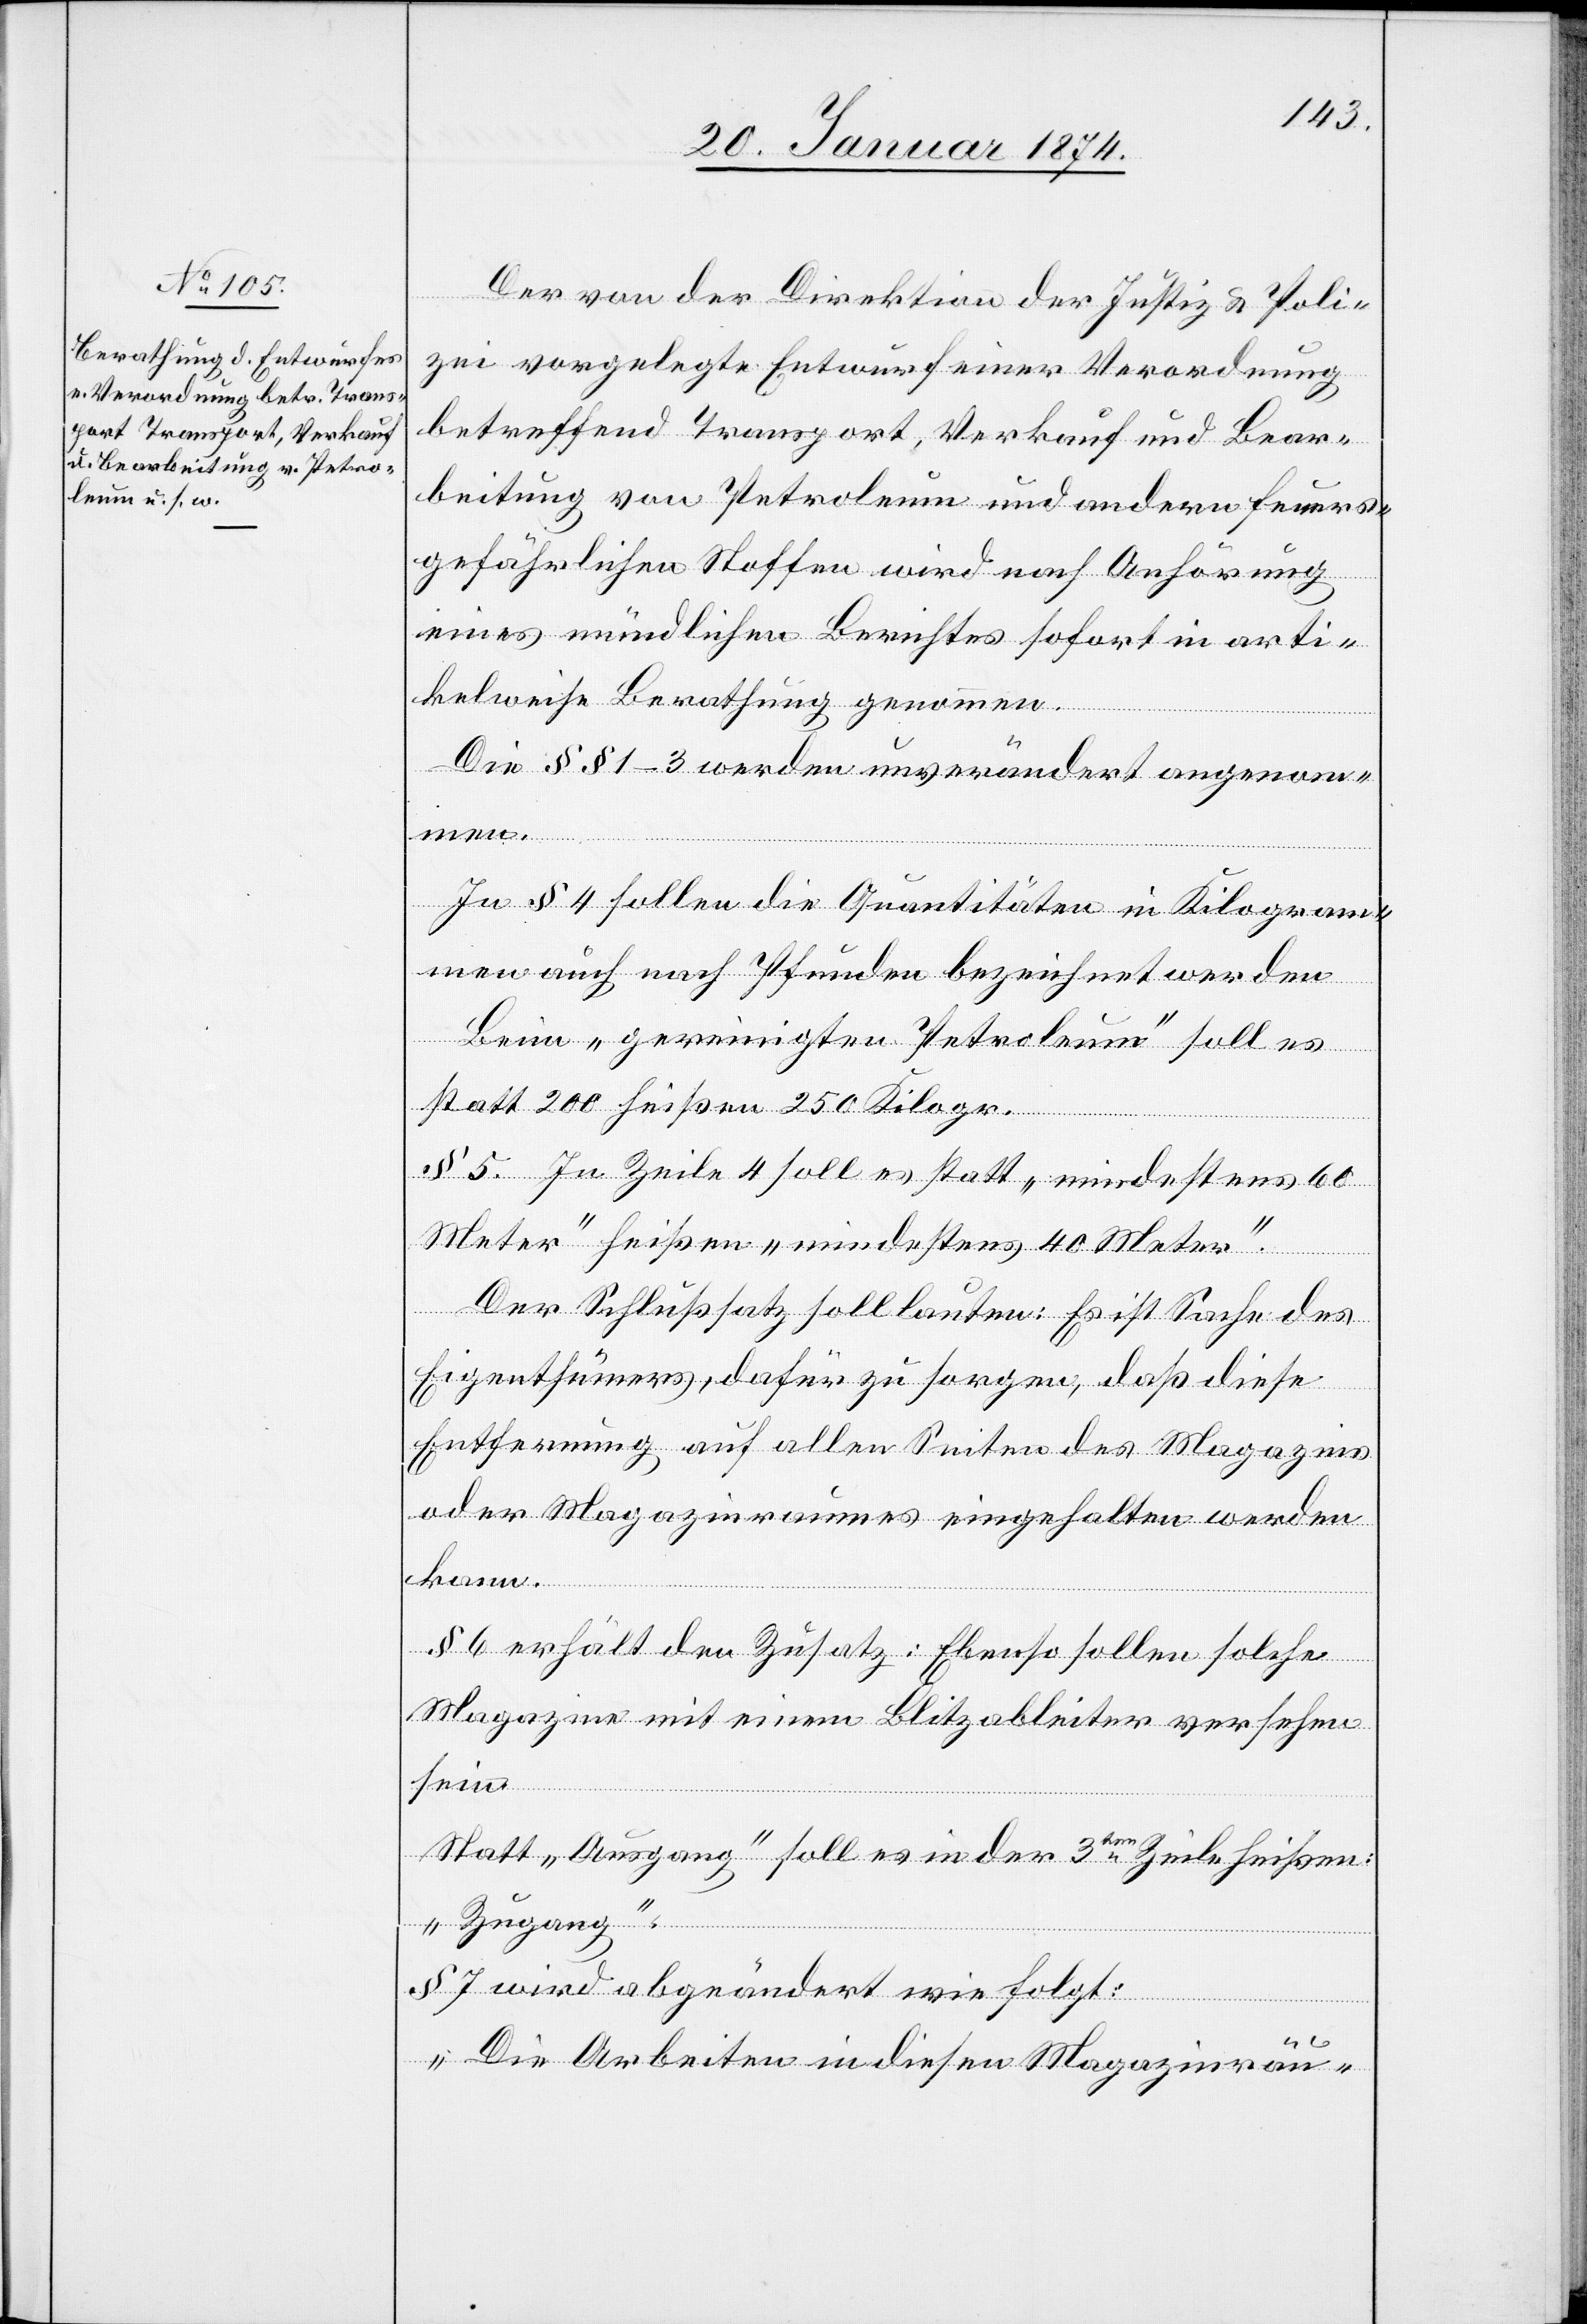
Der von der Direktion der Justiz & Poli¬
zei vorgelegte Entwurf einer Verordnung
betreffend Transport, Verkauf und Bear¬
beitung von Petroleum und andern feuers¬
gefährlichen Stoffen wird nach Anhörung
eines mündlichen Berichtes sofort in arti¬
kelweise Berathung genommen.
§§ 1–3 sollen die Quantitäten in Kilogram¬
men auch nach Pfunden bezeichnet werden[.]
Beim „gereinigten Petroleum“ soll es
statt 200 heißen 250 Kilogr.
§ 5. In Zeile 4 soll es statt „mindestens 60
Meter“ heißen „mindestens 40 Meter.“
Der Beschlußsatz soll lauten: Es ist Sache des
Eigenthümers, dafür zu sorgen, daß diese
Entfernung auf allen Seiten des Magazins
oder Magazinraumes eingehalten werden
kann.
§ 6 erhält den Zusatz: Ebenso sollen solche
Magazine mit einem Blitzableiter versehen
sein.
Statt „Ausgang“ soll es in der 3ten Zeile heißen:
„Zugang.“
§ 7 wird abgeändert wie folgt:
„Die Arbeiten in diesen Magazinräu-